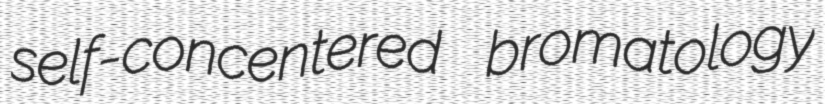
self-concentered bromatology